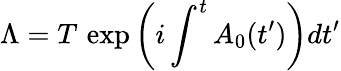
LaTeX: \Lambda=T\, \exp\left(i\int^{t}A_{0}(t^{\prime})\right)dt^{\prime}